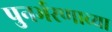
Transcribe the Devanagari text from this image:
पुनर्भरणाच्या